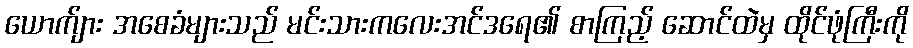
ယောက်ျား အစေခံများသည် မင်းသားကလေးအင်ဒရေ၏ စာကြည့် ဆောင်ထဲမှ ထိုင်ဖုံကြီးကို